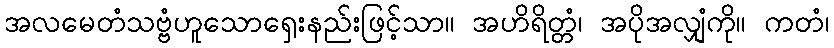
အလမေတံသဗ္ဗံဟူသောရှေးနည်းဖြင့်သာ။ အဟိရိတ္တံ၊ အပိုအလျှံကို။ ကတံ၊